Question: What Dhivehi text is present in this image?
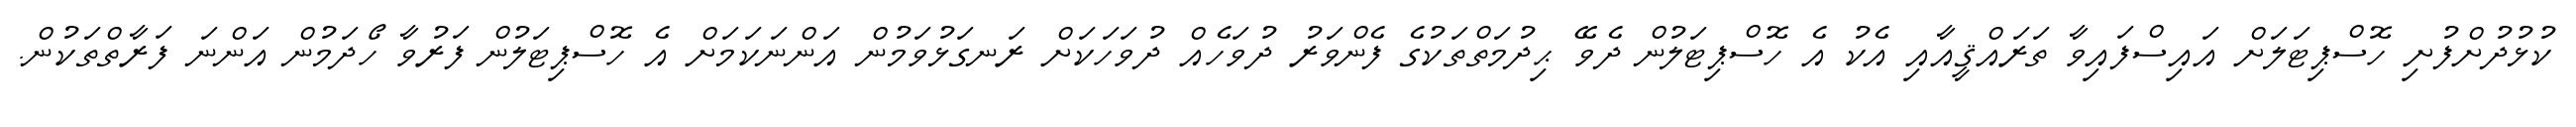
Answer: ކުޅުދުށްފުށި ހޮސްޕިޓަލަށް އައިސްފައިވާ ތަރައްޤީއާއި އެކު އެ ހޮސްޕިޓަލުން ދެވޭ ޙިދުމަތްތަކުގެ ފެންވަރު ދުވަހެއް ދުވަހަކަށް ރަނގަޅުވަމުން އަންނަކަމަށް އެ ހޮސްޕިޓަލުން ފަރުވާ ހޯދަމުން އަންނަ ފަރާތްތަކުން.